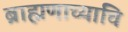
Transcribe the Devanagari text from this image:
ब्राह्मणाच्याचि